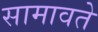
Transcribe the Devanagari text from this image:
सामावते